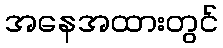
အနေအထားတွင်